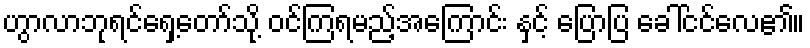
ဟွာလာဘုရင်ရှေ့တော်သို့ ဝင်ကြရမည့်အကြောင်း နှင့် ပြောပြ ခေါ်ငင်လေ၏။